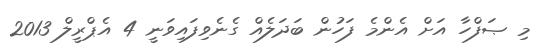
މި ޞަފްހާ އަށް އެންމެ ފަހުން ބަދަލެއް ގެނެވިފައިވަނީ 4 އެޕްރީލް 2013